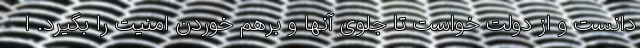
دانست و از دولت خواست تا جلوی آنها و برهم خوردن امنیت را بگیرد. ا